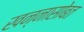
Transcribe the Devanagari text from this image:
खन्नासोबत